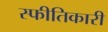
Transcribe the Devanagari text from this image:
स्फीतिकारी